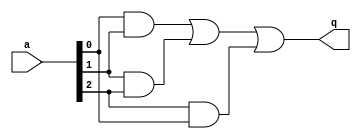
module Hamming_weight (a, q);
    output q;
    input [2:0]a;

    wire a1, a2, a3;

    and (a1, a[0], a[1]);
    and (a2, a[1], a[2]);
    and (a3, a[2], a[0]);

    or (q, a1, a2, a3);
endmodule